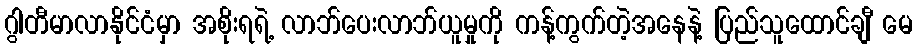
ဂွါတီမာလာနိုင်ငံမှာ အစိုးရရဲ့ လာဘ်ပေးလာဘ်ယူမှုကို ကန့်ကွက်တဲ့အနေနဲ့ ပြည်သူထောင်ချီ မေ